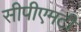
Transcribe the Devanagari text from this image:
सीपीएमटी